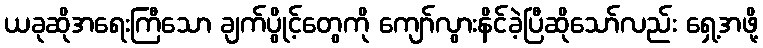
ယခုဆိုအရေးကြီသော ချက်ပွိုင့်တွေကို ကျော်လွားနိင်ခဲ့ပြီဆိုသော်လည်း ရှေ့အဖို့